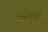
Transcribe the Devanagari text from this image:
हेलोगुडबाय